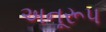
અનૂરૂપ